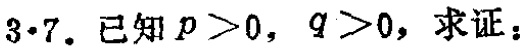
$3 \cdot 7.$ 已知 $p > 0$, $q > 0$, 求证：